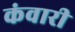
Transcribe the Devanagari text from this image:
कंवारी